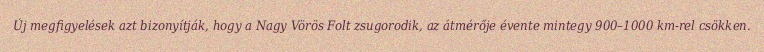
Új megfigyelések azt bizonyítják, hogy a Nagy Vörös Folt zsugorodik, az átmérője évente mintegy 900–1000 km-rel csökken.